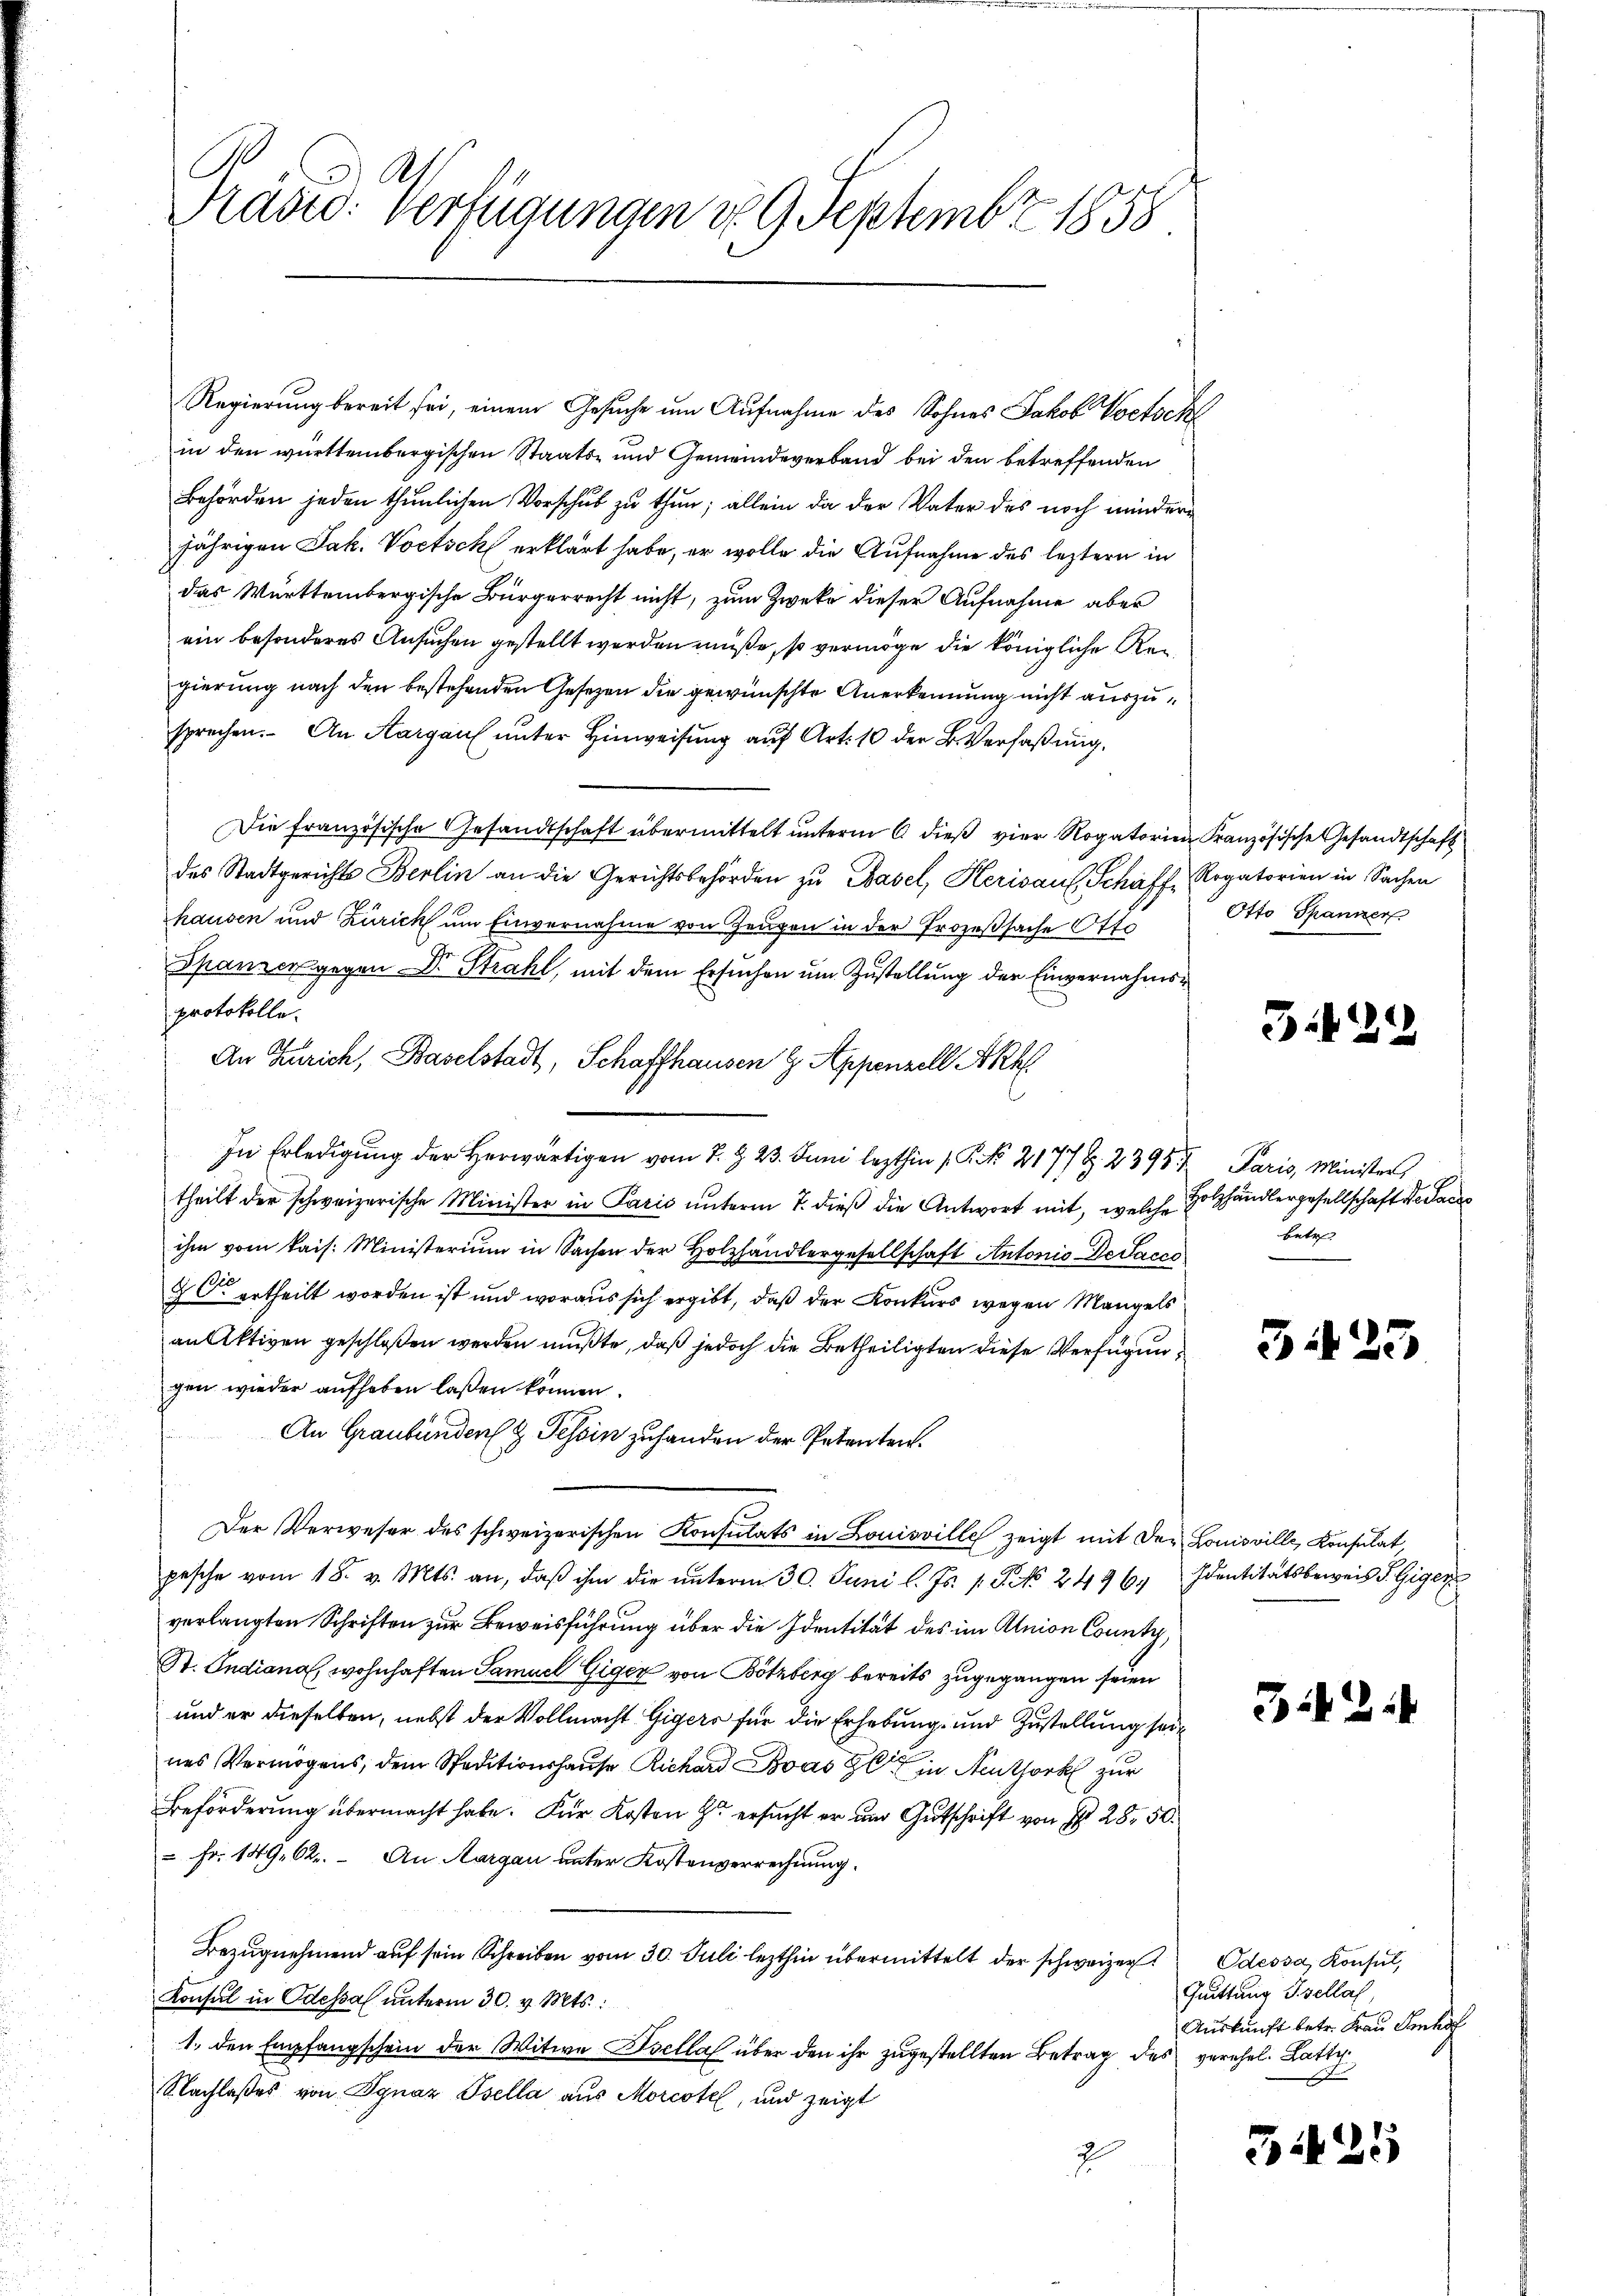
Präste: Verfügungen d. 9. Septembr 1858

Regierung bereit sei, einem Gesuche um Aufnahme des Sohnes Jakob Voetsch
in den württembergischen Staats- und Gemeindeverband bei den betreffenden
Behörden jeden thunlichen Vorschub zu thun; allein da der Vater des noch mindere
jährigen Jak. Vortsch erklärt habe, er wolle die Aufnahme des leztern in
das Württembergische Bürgerrecht nicht, zum Zweke dieser Aufnahme aber
ein besonderes Ansuchen gestellt werden müße, so vermöge die königliche Regierung nach den bestehenden Gesetzen die gewünschte Anerkennung nicht auszusprechen. An Aargau unter Hinweisung auf Art. 10 der B. Verfaßung,
Die französische Gesandtschaft übermittelt unterm 6 dieß vier Rogatorien Kranzösische Gesandtschaft
des Stadtgerichts Berlin an die Gerichtsbehörden zu Basel, Herisauf Schaff, Rogatorien in Sachen
hausen und Zürich um Einvernahme von Zeugen in der Prozeßsache Otto
Spanier gegen Dr. Strahl, mit dem Ersuchen um Zustellung der Einvernahmsprotokolle.
In Erledigung der Herwärtigen vom 7. Z. 23. Juni lezthin 1. P. No 2177 S. 239 Paris, Minister
theilt der schweizerische Minister in Paris ŭnterm 7. dieß die Antwort mit, welche Holzhändlergesellschaft de Sac
ihm vom kais. Ministerium in Sachen der Holzhändlergesellschaft Antonis Detacco
2C ertheilt worden ist und woraus sich ergibt, daß der Konkurs wegen Mangels
anlektiven geschloßen werden mußte, daß jedoch die Betheiligten diese Verfügungen wieder aufhaben laßen können.
An Graubünden z. Tessin zuhanden der Petenten.
Der Verweser des schweizerischen Konsulats in Louisville zeigt mit der Louisville, Konsulat,
pesche vom 18. v. Mts. an, daβ ihm die ŭnterm 30. Juni l. Js. 1. No. 2496. Identitätsbeweis S. Giger
verlangten Schriften zur Beweisführung über die Identität des im Alnion Count
St. Indiana, wohnhaften Samuel Giger von Botzberg bereits zugegangen seien
und er dieselben, nebst der Vollmacht Gigers für die Erhebung und Zustellung seines Vermögens, dem Staditionshause Richard was in Neuthor zur
Beförderung übermacht habe. Für Kosten zu ersucht er und Gutschrift von § 28 50.
 Fr. 149. 62. – An Margau unter Kostenverrechnung.
Bezŭgnehmend aŭf sein Schreiben vom 30. Juli lezthin übermittelt der schweizer Odessa, Konsul,
Konsul in Odessal unterm 30. v. Mts.:
1., den Empfangschein der Witwe Isella über den ihr zugestellten Betrag des verehel. Latte
Nachlaßes von Ignaz Psella aus Morcotel, und zeigt
7

An Zürich, Baselstadt, Schaffhausen 8. Appenzell Akk

Otto Spanner

3429

betr

314

.

3.12.1

Quittung Psellas,
Auskunft betr. Frau Imhof
s

325